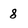
Character: 8